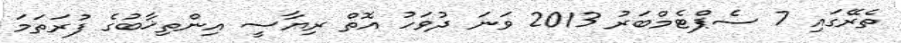
ތެރޭގައި 7 ސެޕްޓެމްބަރު 2013 ވަނަ ދުވަހު އޮތް ރިޔާސީ އިންތިޚާބުގެ ފުރަތަމަ